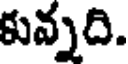
కున్నది.